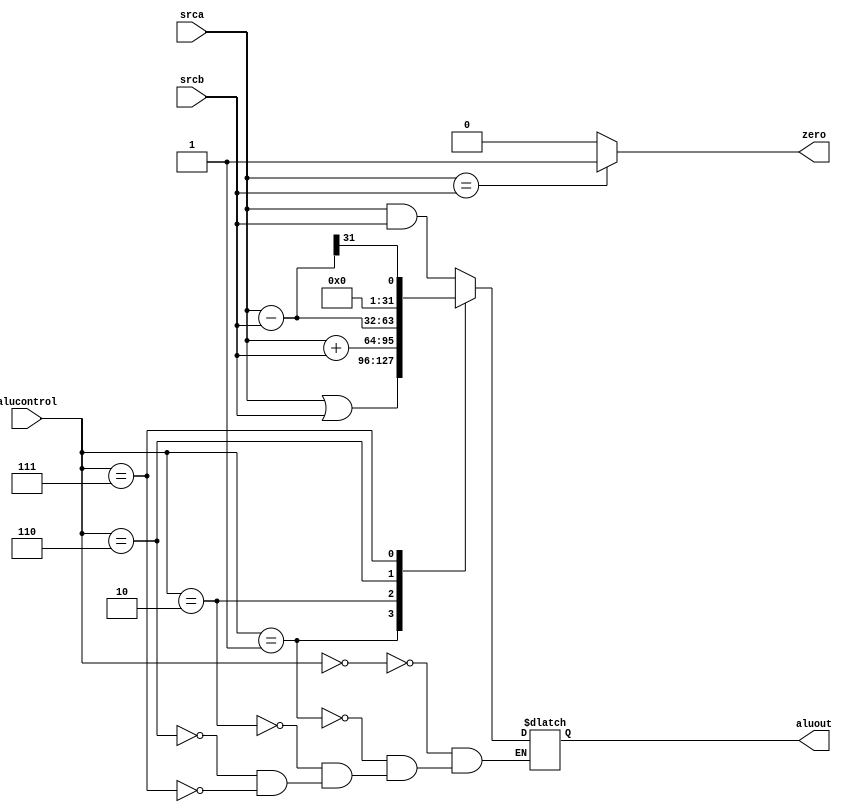
/*
 * From D. M. Harris and S. L. Harris, "Digital Design and Computer Architecture"
 */
`timescale 1ns / 1ps
module alu(
    input [31:0] srca,
    input [31:0] srcb,
    input [3:0] alucontrol,
    output reg [31:0] aluout,
    output reg zero
    );

   always @ (*)
     begin
			case (alucontrol)
			  4'b0000: aluout <= srca & srcb;
			  4'b0001: aluout <= srca | srcb;
			  4'b0010: aluout <= srca + srcb;
			  4'b0110: aluout <= srca - srcb;
			  4'b0111: aluout <= (srca-srcb)>>31;
			endcase
			zero <= (srca == srcb) ? 1 : 0;
     end
	
endmodule




module alutest;

   reg [31:0] opa, opb;
   reg [3:0]  aluc;
   wire [31:0] res;
   wire        zero;
   
   alu alu1(opa, opb, aluc, res, zero);

   initial begin
      $dumpfile("alutest.vcd");
      $dumpvars(0, alutest);
      aluc = 2; #1
      opa = 3; opb = 1;   #1
      aluc = 6; opa = 4; opb = -2; #2
      $finish;
   end
   

endmodule // alutest